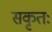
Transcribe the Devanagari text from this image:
सकृतः